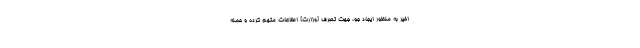
اخیر به منظور ایجاد جو، جهت تصرف [وزارت] اطلاعات متهم كرده و حمله